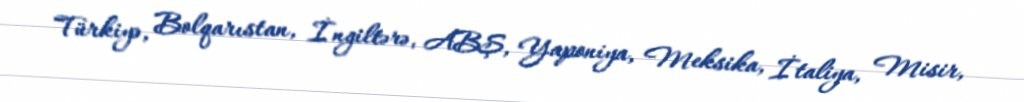
Türkiyə, Bolqarıstan, İngiltərə, ABŞ, Yaponiya, Meksika, İtaliya, Misir,